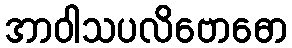
အာဝါသပလိဗောဓော